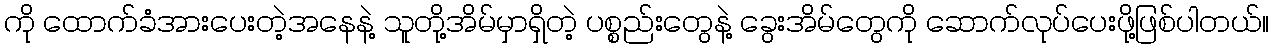
ကို ထောက်ခံအားပေးတဲ့အနေနဲ့ သူတို့အိမ်မှာရှိတဲ့ ပစ္စည်းတွေနဲ့ ခွေးအိမ်တွေကို ဆောက်လုပ်ပေးဖို့ဖြစ်ပါတယ်။